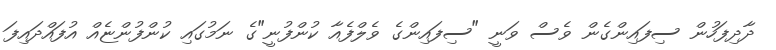
ދާދިފަހުން ސިފައިންގެން ވެސް ވަނީ "ސިފައިންގެ ވެލްފެއާ ކުންފުނީ"ގެ ނަމުގައި ކުންފުންޏެއް އުފައްދައިފަ